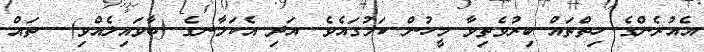
އެއުރެންގެ ހިތްތައް ބިރުވެތިވާ މީހުން ކަމުގައެވެ. އަދި އެކަލާނގެ (ބާވައިލެއްވި)  ތައް